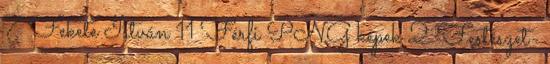
7 Fekete István 11 Férfi PNG képek 2 Festészet-